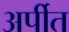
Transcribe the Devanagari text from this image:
अर्पीत